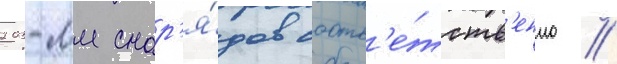
203-мм снар'я́дов соотв'е́тств'енно //